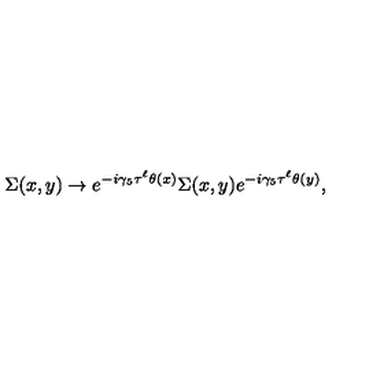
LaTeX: \Sigma ( x , y ) \rightarrow e ^ { - i \gamma _ { 5 } \tau ^ { \ell } \theta ( x ) } \Sigma ( x , y ) e ^ { - i \gamma _ { 5 } \tau ^ { \ell } \theta ( y ) } ,